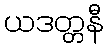
ယဒတ္တနီ